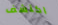
اكتشف